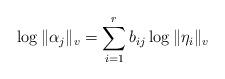
LaTeX: \begin{align*}\log \|\alpha_j\|_v = \sum_{i = 1}^r b_{ij} \log \|\eta_i\|_v\end{align*}